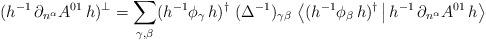
LaTeX: \begin{align*}(h^{-1}\,\partial_{n^\alpha}A^{01}\,h)^\bot=\sum_{\gamma,\beta} (h^{-1}\phi_\gamma\, h)^\dagger\ (\Delta^{-1})_{\gamma\beta}\ \big\langle (h^{-1}\phi_\beta\, h)^\dagger\,\big|\,h^{-1}\,\partial_{n^\alpha}A^{01}\,h\big\rangle\end{align*}